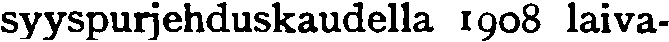
syyspurjehduskaudella 1908 laiva-